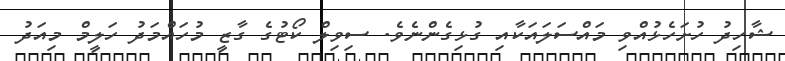
ޝާހިދު ހުށަހެޅުއްވި މައްސަލައަކާއި ގުޅިިގެންނެވެ. ސިވިލް ކޯޓުގެ ގާޒީ މުހައްމަދު ހަލީމް މިއަދު